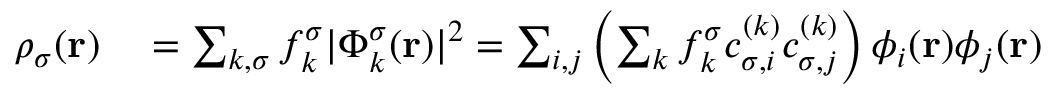
\begin{array} { r l } { \rho _ { \sigma } ( { \bf r } ) } & { { } = \sum _ { k , \sigma } f _ { k } ^ { \sigma } \vert \Phi _ { k } ^ { \sigma } ( { \bf r } ) \vert ^ { 2 } = \sum _ { i , j } \left( \sum _ { k } f _ { k } ^ { \sigma } c _ { \sigma , i } ^ { ( k ) } c _ { \sigma , j } ^ { ( k ) } \right) \phi _ { i } ( { \bf r } ) \phi _ { j } ( { \bf r } ) } \end{array}